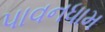
પાવનધામ